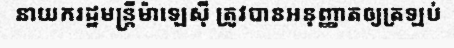
នាយករដ្ឋមន្ត្រីម៉ាឡេស៊ី ត្រូវបានអនុញ្ញាតឲ្យត្រឡប់